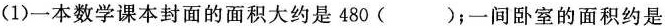
(1)一本数学课本封面的面积大约是480()；一间卧室的面积约是